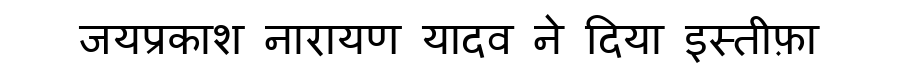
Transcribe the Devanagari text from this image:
जयप्रकाश नारायण यादव ने दिया इस्तीफ़ा